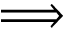
\Longrightarrow